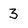
Character: 3